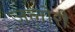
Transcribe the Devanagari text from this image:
जलोरी